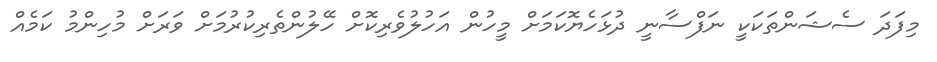
މިފަދަ ސެޝަންތަކަކީ ނަފްސާނީ ދުޅަހެޔޮކަމަށް މީހުން އަހުުލުވެރިކޮށް ހޭލުންތެރިކުރުމަށް ވަރަށް މުހިންމު ކަމެއް